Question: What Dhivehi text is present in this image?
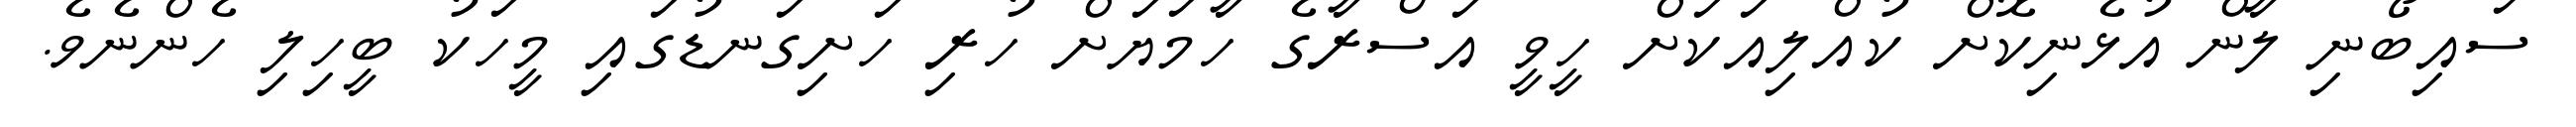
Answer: ސައިބޯނި ލާން އުޅެނިކޮށް ކުއްލިއަކަށް ހީވީ އަސްރާގެ ހާމަޔަށް ހުރި ހަށިގަނޑުގައި މީހަކު ބީހިލި ހެންނެވެ.